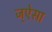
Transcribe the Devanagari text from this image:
ज्ऐसा